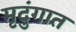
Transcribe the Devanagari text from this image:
मृदुंगात